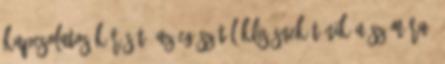
kapcsolatos kérését. Az egész túl klisésnek tűnik a számára.